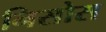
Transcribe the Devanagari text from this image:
निसोस